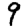
Digit: 9